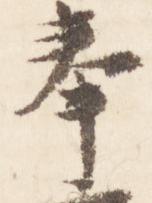
奉